Annual administration report of the Civil Veterinary Department of India - 1896-1897
Year: 1896
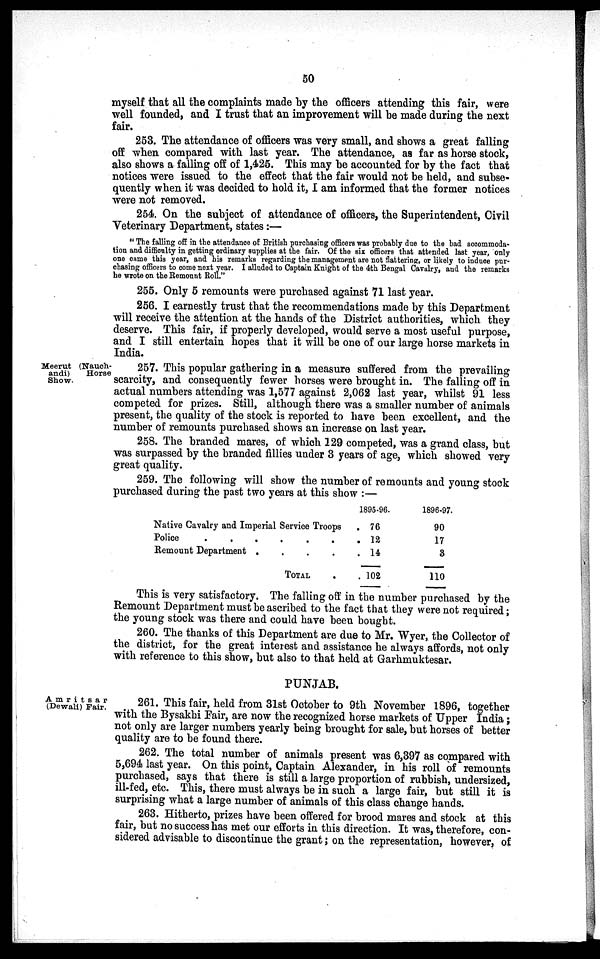
50
myself that all the complaints made by the officers attending this fair, were
well founded, and I trust that an improvement will be made during the next
fair.
253. The attendance of officers was very small, and shows a great falling
off when compared with last year. The attendance, as far as horse stock,
also shows a falling off of 1,425. This may be accounted for by the fact that
notices were issued to the effect that the fair would not be held, and subse-
quently when it was decided to hold it, I am informed that the former notices
were not removed.
254. On the subject of attendance of officers, the Superintendent, Civil
Veterinary Department, states:—
"The falling off in the attendance of British purchasing officers was probably due to the bad accommoda-
tion and difficulty in getting ordinary supplies at the fair. Of the six officers that attended, last year, only
one came this year, and his remarks regarding the management are not flattering, or likely to induce pur-
chasing officers to come next year. I alluded to Captain Knight of the 4th Bengal Cavalry, and the remarks
he wrote on the Remount Roll."
255. Only 5 remounts were purchased against 71 last year.
256. I earnestly trust that the recommendations made by this Department
will receive the attention at the hands of the District authorities, which they
deserve. This fair, if properly developed, would serve a most useful purpose,
and I still entertain hopes that it will be one of our large horse markets in
India.
Meerut (Nauch-
andi)
Horse
Show.
257. This popular gathering in a measure suffered from the prevailing
scarcity, and consequently fewer horses were brought in. The falling off in
actual numbers attending was 1,577 against 2,062 last year, whilst 91 less
competed for prizes. Still, although there was a smaller number of animals
present, the quality of the stock is reported to have been excellent, and the
number of remounts purchased shows an increase on last year.
258. The branded mares, of which 129 competed, was a grand class, but
was surpassed by the branded fillies under 3 years of age, which showed very
great quality.
259. The following will show the number of remounts and young stock
purchased during the past two years at this show:—
Native Cavalry and Imperial Service Troops
Police
......
Kemount Department
.
.
.
.
TOTAL .
1895-96.
. 76
. 12
. 14
. 102
1896-97.
90
17
3
110
This is very satisfactory. The falling off in the number purchased by the
Remount Department must be ascribed to the fact that they were not required;
the young stock was there and could have been bought.
260. The thanks of this Department are due to Mr. Wyer, the Collector of
the district, for the great interest and assistance he always affords, not only
with reference to this show, but also to that held at Garhmuktesar.
PUNJAB.
Amritsar
(Dewali) Fair.
261. This fair, held from 31st October to 9th November 1896, together
with the Bysakhi Fair, are now the recognized horse markets of Upper India;
not only are larger numbers yearly being brought for sale, but horses of better
quality are to be found there.
262. The total number of animals present was 6,397 as compared with
5,694 last year. On this point, Captain Alexander, in his roll of remounts
purchased, says that there is still a large proportion of rubbish, undersized,
ill-fed, etc. This, there must always be in such a large fair, but still it is
surprising what a large number of animals of this class change hands.
263. Hitherto, prizes have been offered for brood mares and stock at this
fair, but no success has met our efforts in this direction. It was, therefore, con-
sidered advisable to discontinue the grant; on the representation, however, of